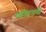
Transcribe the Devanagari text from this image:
व्यक्‍तिनामों